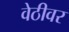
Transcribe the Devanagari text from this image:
वेठीवर